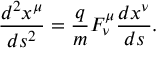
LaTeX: \frac { d ^ { 2 } x ^ { \mu } } { d s ^ { 2 } } = \frac { q } { m } F _ { \nu } ^ { \mu } \frac { d x ^ { \nu } } { d s } .